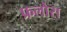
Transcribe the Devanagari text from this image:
फ्रलोरा